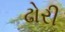
ઢોરી